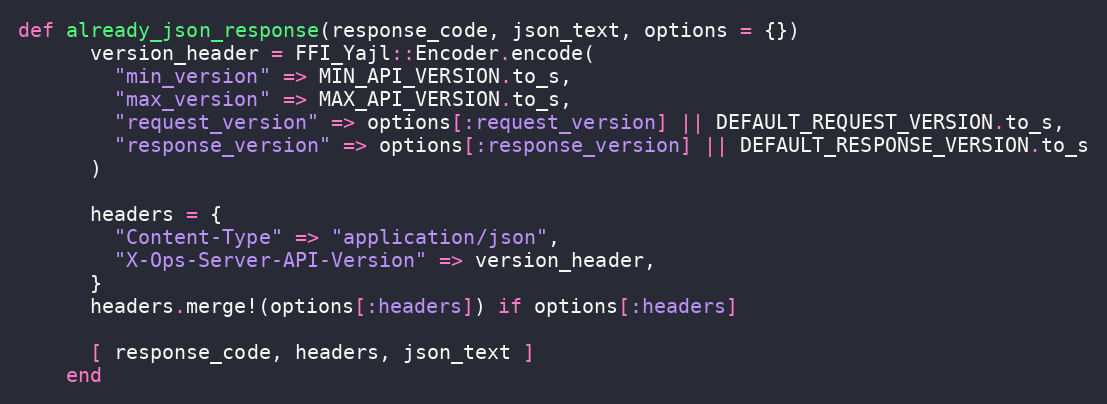
Language: Ruby
def already_json_response(response_code, json_text, options = {})
      version_header = FFI_Yajl::Encoder.encode(
        "min_version" => MIN_API_VERSION.to_s,
        "max_version" => MAX_API_VERSION.to_s,
        "request_version" => options[:request_version] || DEFAULT_REQUEST_VERSION.to_s,
        "response_version" => options[:response_version] || DEFAULT_RESPONSE_VERSION.to_s
      )

      headers = {
        "Content-Type" => "application/json",
        "X-Ops-Server-API-Version" => version_header,
      }
      headers.merge!(options[:headers]) if options[:headers]

      [ response_code, headers, json_text ]
    end